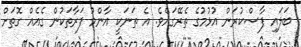
ބަލައި ފާސްކުރަން އުޅުމުގެ ތެރޭގައެވެ. އެ ތަނަކީ އާންމު ފަރާތަކުން ގެއެއް ގޮތަށް